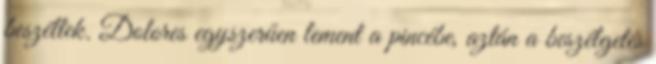
beszéltek. Dolores egyszerűen lement a pincébe, aztán a beszélgetés